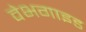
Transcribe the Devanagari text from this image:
वेभगाइड